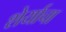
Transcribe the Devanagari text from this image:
शेर्याचा